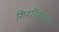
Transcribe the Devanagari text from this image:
शिवलिंगासच